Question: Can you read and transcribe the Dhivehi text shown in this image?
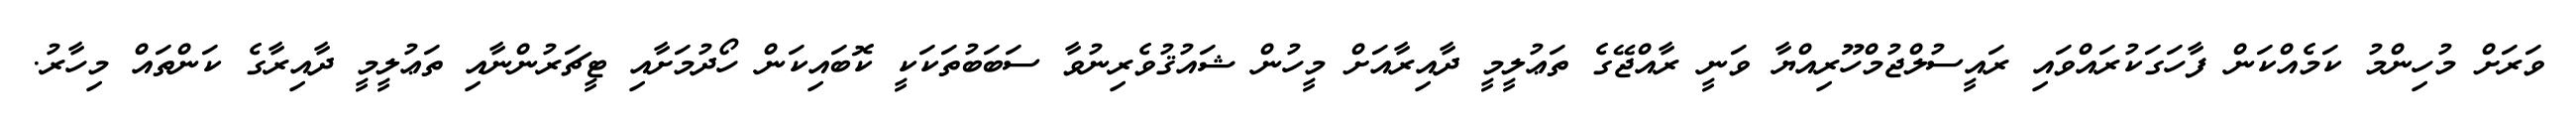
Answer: ވަރަށް މުހިންމު ކަމެއްކަން ފާހަގަކުރައްވައި ރައީސުލްޖުމްހޫރިއްޔާ ވަނީ ރާއްޖޭގެ ތަޢުލީމީ ދާއިރާއަށް މީހުން ޝައުޤުވެރިނުވާ ސަބަބުތަކަކީ ކޮބައިކަން ހޯދުމަށާއި ޓީޗަރުންނާއި ތަޢުލީމީ ދާއިރާގެ ކަންތައް މިހާރު.